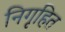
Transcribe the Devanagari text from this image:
निगृहित